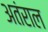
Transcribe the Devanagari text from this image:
अतंराल